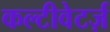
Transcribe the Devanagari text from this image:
कल्टीवेटर्ज़